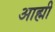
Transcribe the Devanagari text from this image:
आह्मी